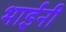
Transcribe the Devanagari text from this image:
भाईनी